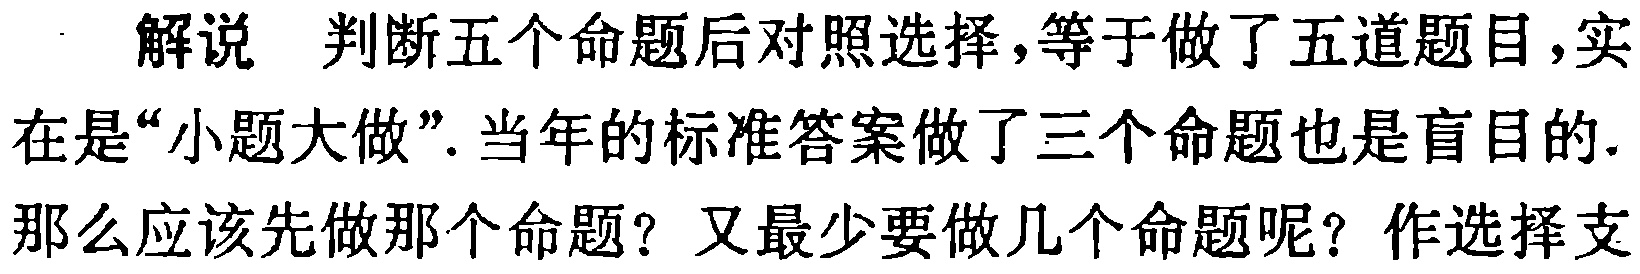
解说 判断五个命题后对照选择，等于做了五道题目，实在是“小题大做”. 当年的标准答案做了三个命题也是盲目的. 那么应该先做那个命题？又最少要做几个命题呢？作选择支